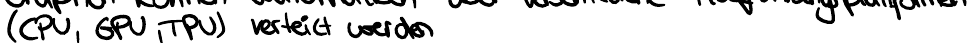
(CPU, GPU, TPU) verteilt werden